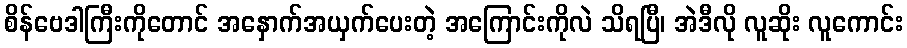
စိန်ဗေဒါကြီးကိုတောင် အနှောက်အယှက်ပေးတဲ့ အကြောင်းကိုလဲ သိရပြီ၊ အဲဒီလို လူဆိုး လူကောင်း